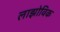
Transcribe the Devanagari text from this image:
लाझोविक